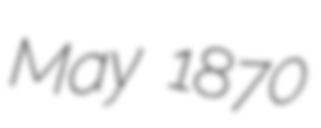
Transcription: May 1870